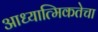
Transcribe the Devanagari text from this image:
आध्यात्मिकतेचा